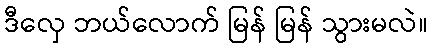
ဒီလှေ ဘယ်လောက် မြန် မြန် သွားမလဲ။